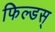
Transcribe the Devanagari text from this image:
फिल्डस्